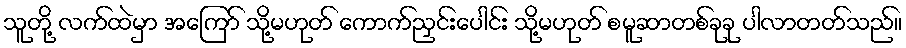
သူတို့ လက်ထဲမှာ အကြော် သို့မဟုတ် ကောက်ညှင်းပေါင်း သို့မဟုတ် စမူဆာတစ်ခုခု ပါလာတတ်သည်။